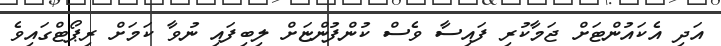
އަދި އެކައުންޓަށް ޖަމާކުރި ފައިސާ ވެސް ކުންފުންޏަށް ލިބިފައި ނުވާ ކަމަށް ރިޕޯޓްގައިވެ